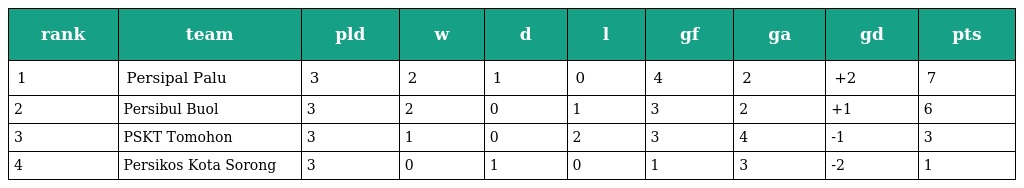
| rank | team | pld | w | d | l | gf | ga | gd | pts |
 | --- | --- | --- | --- | --- | --- | --- | --- | --- | --- |
 | 1 | Persipal Palu | 3 | 2 | 1 | 0 | 4 | 2 | +2 | 7 |
 | 2 | Persibul Buol | 3 | 2 | 0 | 1 | 3 | 2 | +1 | 6 |
 | 3 | PSKT Tomohon | 3 | 1 | 0 | 2 | 3 | 4 | -1 | 3 |
 | 4 | Persikos Kota Sorong | 3 | 0 | 1 | 0 | 1 | 3 | -2 | 1 |